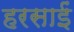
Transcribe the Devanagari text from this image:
हरसाईं